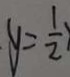
y = \frac { 1 } { 2 } )